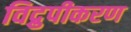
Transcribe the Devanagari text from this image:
विद्रुपीकरण